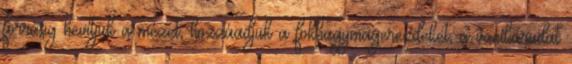
forrásig hevítjük a mézet, hozzáadjuk a fokhagymagerezdeket, a vaníliarudat